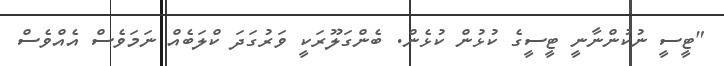
"ޓީސީ ނުކުންނާނީ ޓީސީގެ ކުޅުން ކުޅެން. ބެންގަލޫރަކީ ވަރުގަދަ ކްލަބެއް ނަމަވެސް އެއްވެސް